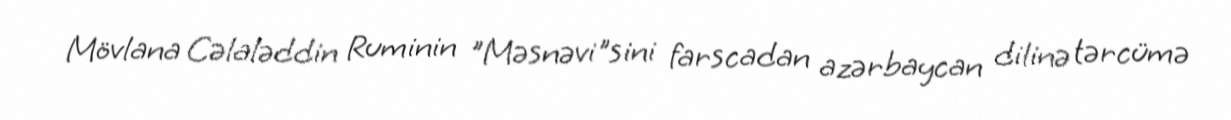
Mövlana Cəlaləddin Ruminin "Məsnəvi"sini farscadan azərbaycan dilinə tərcümə